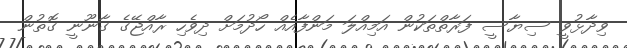
ވިދާޅުވީ ސިޔާސީ ފަރާތްތަކުން އަމިއްލަ މަންފާއެއް ހޯދުމަށް ދިވެހި ރާއްޖޭގެ ގާނޫނީ ގޮތުން